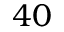
4 0